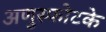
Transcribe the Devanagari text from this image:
अणुस्फोटके